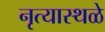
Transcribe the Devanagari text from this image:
नृत्यास्थळे